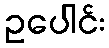
ဥပေါင်း